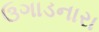
ઉગાડનારા